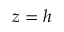
z = h